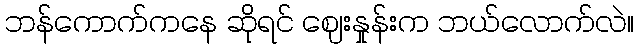
ဘန်ကောက်ကနေ ဆိုရင် ဈေးနှုန်းက ဘယ်လောက်လဲ။